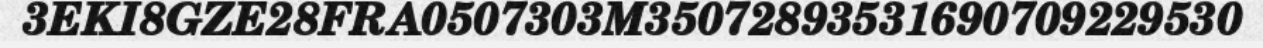
3EKI8GZE28FRA0507303M35072893531690709229530